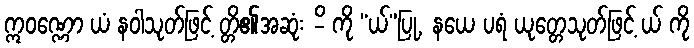
ဣဝဏ္ဏော ယံ နဝါသုတ်ဖြင့် တ္တိ၏အဆုံး -ိ ကို “ယ်”ပြု, နယေ ပရံ ယုတ္တေသုတ်ဖြင့် ယ် ကို